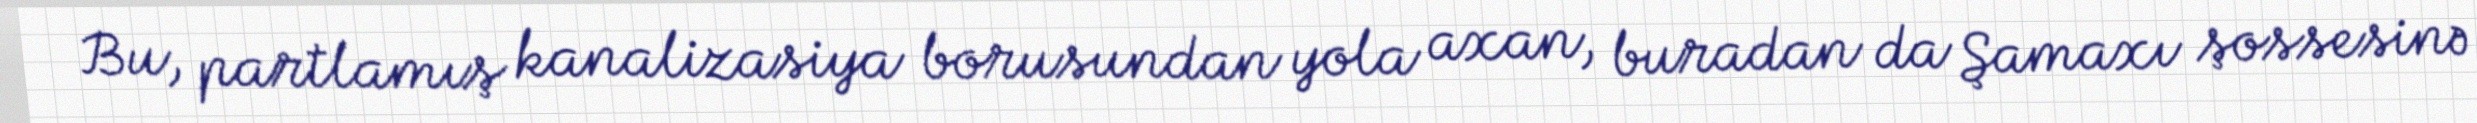
Bu, partlamış kanalizasiya borusundan yola axan, buradan da Şamaxı şossesinə